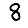
Digit: 8